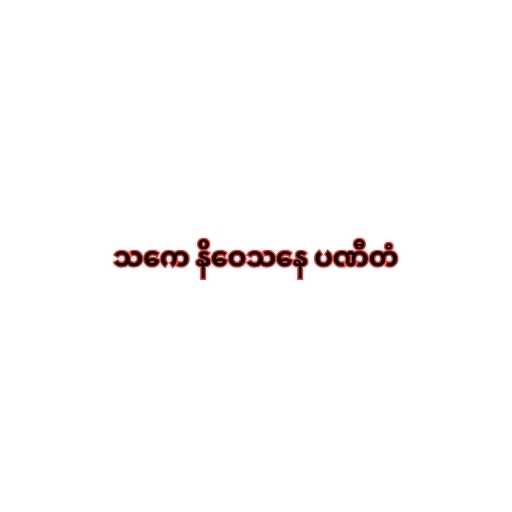
သကေ နိဝေသနေ ပဏီတံ